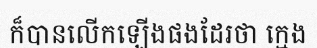
ក៏បានលើកឡើងផងដែរថា ក្មេង